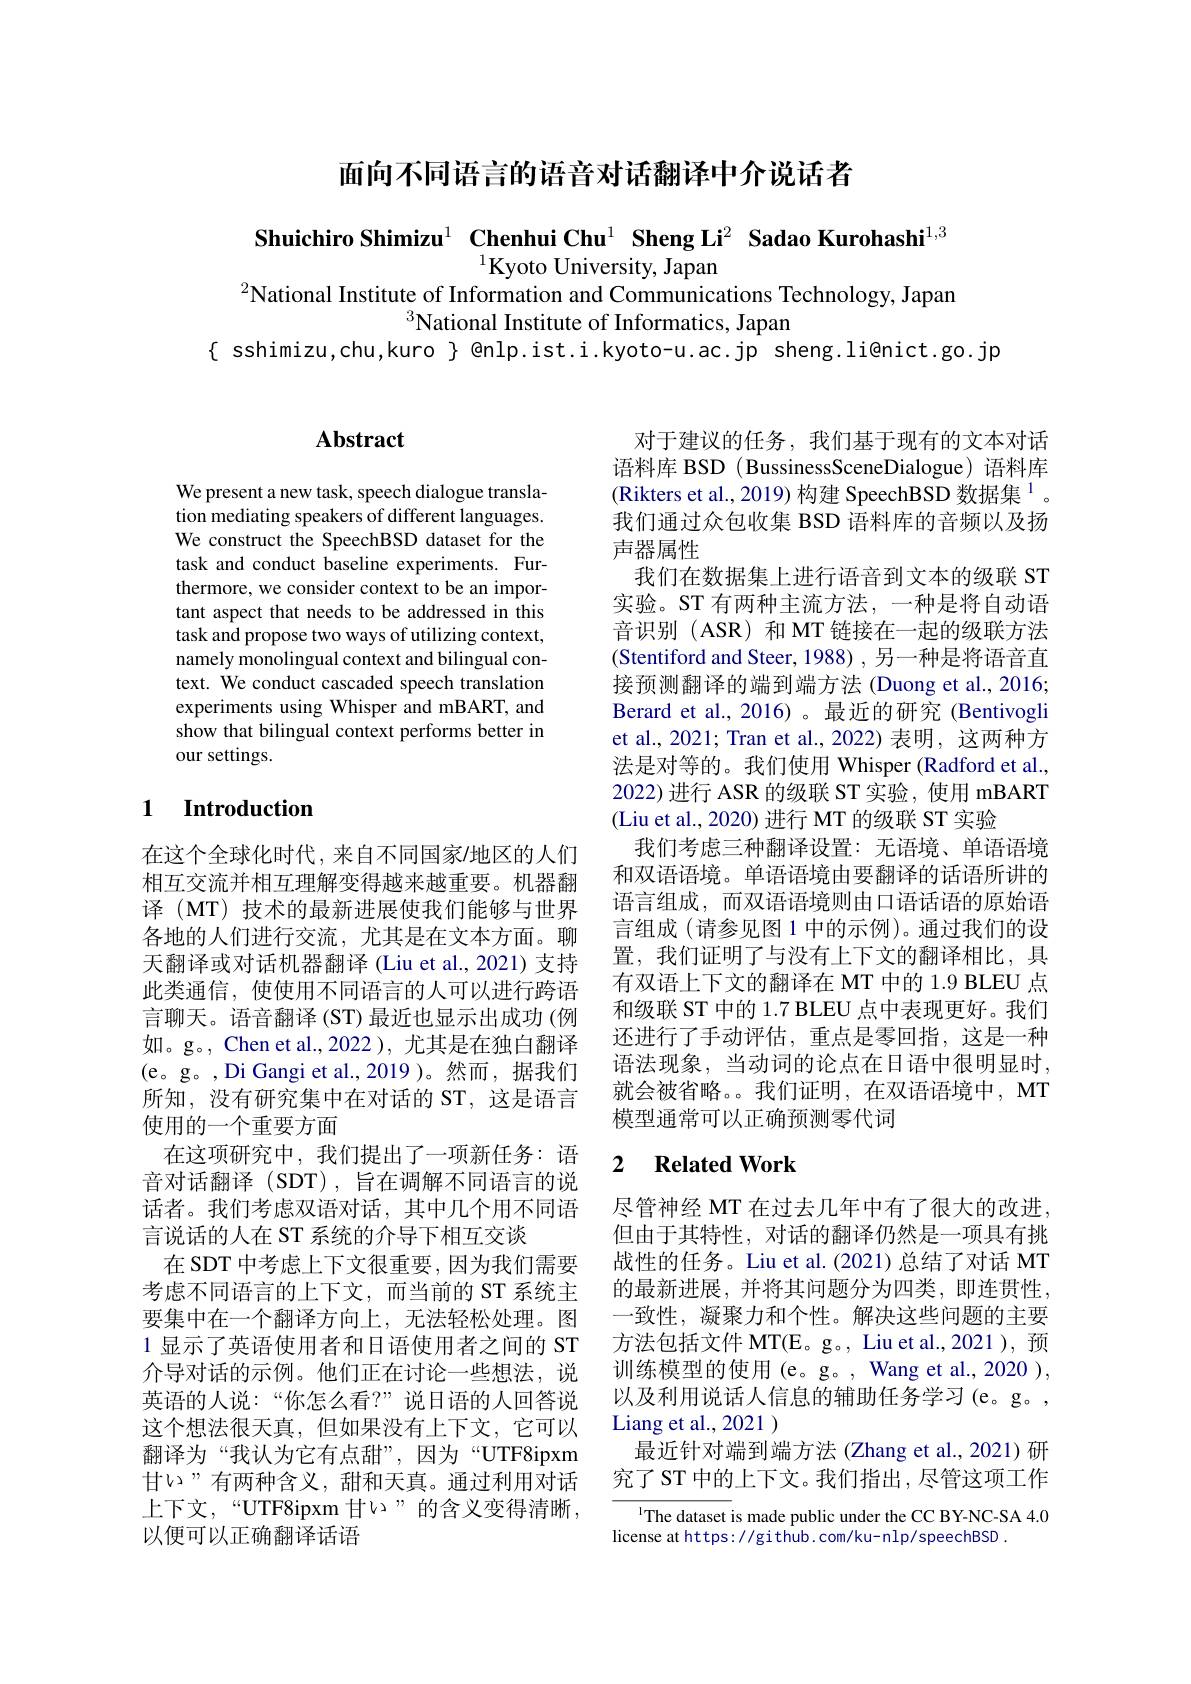
面向不同语言的语音对话翻译中介说话者

Shuichiro Shimizu$^{1}$ Chenhui Chu$^{1}$ Sheng Li$^2$ Sadao Kurohashi$^{1,3}$
$^{1}$Kyoto University, Japan
$^{2}$National Institute of Information and Communications Technology, Japan
National Institute of Informatics, Japan
$\{$ sshimizu,chu,kuro $\}$ enlp.ist.i.kyoto-u.ac.jp sheng.li@nict.go.jp

## Abstract

We present a new task, speech dialogue translation mediating speakers of different languages We construct the SpeechBSD dataset for the task and conduct baseline experiments. Furthermore, we consider context to be an important aspect that needs to be addressed in this task and propose two ways of utilizing context, namely monolingual context and bilingual context. We conduct cascaded speech translation experiments using Whisper and mBART, and show that bilingual context performs better in our settings.

## 1 $\textbf{Introduction}$

在这个全球化时代，来自不同国家/地区的人们相互交流并相互理解变得越来越重要。机器翻译 (MT) 技术的最新进展使我们能够与世界各地的人们进行交流，尤其是在文本方面。聊天翻译或对话机器翻译 (Liu et al., 2021) 支持此类通信，使使用不同语言的人可以进行跨语言聊天。语音翻译 (ST) 最近也显示出成功 (例如。g。, Chen et al.,2022 ), 尤其是在独白翻译(e。g。,Di Gangi et al.,2019 )。然而，据我们所知，没有研究集中在对话的 ST,这是语言使用的一个重要方面
在这项研究中，我们提出了一项新任务：语音对话翻译(SDT),旨在调解不同语言的说话者。我们考虑双语对话，其中几个用不同语言说话的人在 ST 系统的介导下相互交谈
在 SDT 中考虑上下文很重要，因为我们需要考虑不同语言的上下文，而当前的 ST 系统主要集中在一个翻译方向上，无法轻松处理。图1 显示了英语使用者和日语使用者之间的 ST 介导对话的示例。他们正在讨论一些想法，说英语的人说：“你怎么看？”说日语的人回答说这个想法很天真，但如果没有上下文，它可以翻译为“我认为它有点甜”,因为“UTF8ipxm 甘い”有两种含义，甜和天真。通过利用对话上下文，“UTF8ipxm 甘い”的含义变得清晰， 以便可以正确翻译话语

对于建议的任务，我们基于现有的文本对话语料库 BSD ( BussinessSceneDialogue) 语料库(Rikters et al., 2019) 构建 SpeechBSD 数据集$^1$。我们通过众包收集 BSD 语料库的音频以及扬声器属性
我们在数据集上进行语音到文本的级联 ST 实验。ST 有两种主流方法，一种是将自动语音识别 (ASR) 和 MT 链接在一起的级联方法(Stentiford and Steer, 1988) , 另一种是将语音直接预测翻译的端到端方法 (Duong et al., 2016; Berard et al., 2016)。最近的研究(Bentivogli et al., 2021; Tran et al., 2022) 表明，这两种方法是对等的。我们使用 Whisper (Radford et al., 2022)进行 ASR 的级联 ST 实验，使用 mBART (Liu et al., 2020) 进行 MT 的级联 ST 实验
我们考虑三种翻译设置：无语境、单语语境和双语语境。单语语境由要翻译的话语所讲的语言组成，而双语语境则由口语话语的原始语言组成 (请参见图 1 中的示例)。通过我们的设置，我们证明了与没有上下文的翻译相比，具有双语上下文的翻译在 MT 中的 1.9 BLEU 点和级联 ST 中的 1.7 BLEU 点中表现更好。我们还进行了手动评估，重点是零回指，这是一种语法现象，当动词的论点在日语中很明显时， 就会被省略。。我们证明，在双语语境中，MT 模型通常可以正确预测零代词

### 2 $\textbf{Related Work}$

尽管神经 MT 在过去几年中有了很大的改进。但由于其特性，对话的翻译仍然是一项具有挑战性的任务。Liu et al.(2021)总结了对话 MT 的最新进展，并将其问题分为四类，即连贯性， 一致性，凝聚力和个性。解决这些问题的主要方法包括文件 MT(E。g。, Liu et al.,2021 ), 预训练模型的使用 (e。g。, Wang et al., 2020 ), 以及利用说话人信息的辅助任务学习(e。g。, Liang et al., 2021 )
最近针对端到端方法(Zhang et al., 2021)研究了 ST 中的上下文。我们指出，尽管这项工作

$^{1}$The dataset is made public under the CC BY-NC-SA 4.0
license at https: //gi thub. com/ku- nlp/ speechBSD